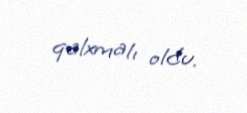
qalxmalı oldu.